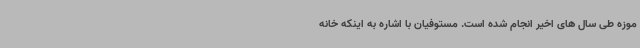
موزه طی سال های اخیر انجام شده است. مستوفیان با اشاره به اینکه خانه